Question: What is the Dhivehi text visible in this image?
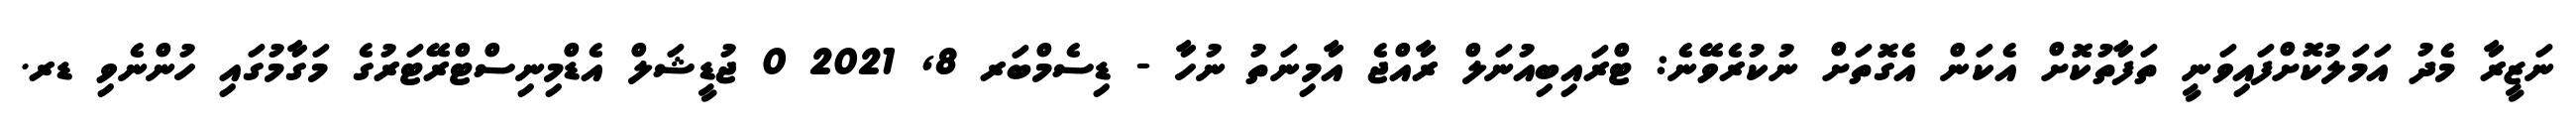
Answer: ނަޒީރާ މެދު އަމަލުކޮށްފައިވަނީ ތަފާތުކޮށް އެކަން އެގޮތަށް ނުކުރެވޭނެ: ޓްރައިބިއުނަލް ރާއްޖެ އާމިނަތު ނުހާ - ޑިސެމްބަރ 8, 2021 0 ޖުޑީޝަލް އެޑްމިނިސްޓްރޭޓަރުގެ މަގާމުގައި ހުންނެވި ޑރ.